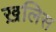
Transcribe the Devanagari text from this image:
ख़लिस